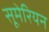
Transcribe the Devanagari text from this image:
सूमेरियन